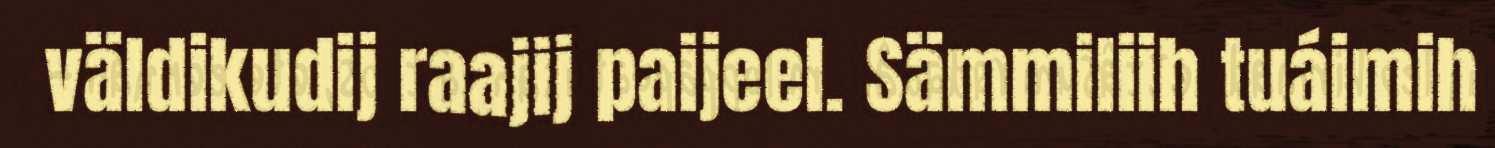
väldikudij raajij paijeel. Sämmiliih tuáimih